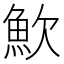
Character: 𩵢